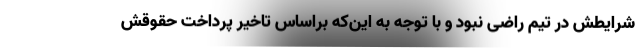
شرایطش در تیم راضی نبود و با توجه به این‌که براساس تاخیر پرداخت حقوقش